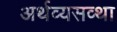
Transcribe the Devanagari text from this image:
अर्थव्यसव्था